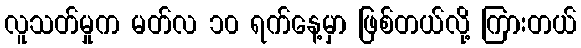
လူသတ်မှုက မတ်လ ၁၀ ရက်နေ့မှာ ဖြစ်တယ်လို့ ကြားတယ်